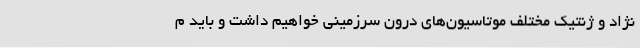
نژاد و ژنتیک مختلف موتاسیون‌های درون سرزمینی خواهیم داشت و باید م